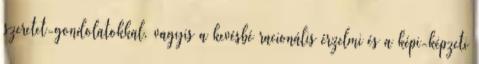
szeretet-gondolatokkal, vagyis a kevésbé racionális érzelmi és a képi-képzeti